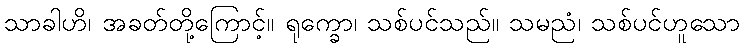
သာခါဟိ၊ အခတ်တို့ကြောင့်။ ရုက္ခော၊ သစ်ပင်သည်။ သမညံ၊ သစ်ပင်ဟူသော